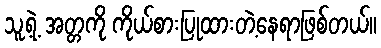
သူ့ရဲ့ အတ္တကို ကိုယ်စားပြုထားတဲ့နေရာဖြစ်တယ်။